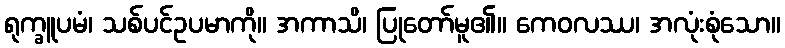
ရုက္ခူပမံ၊ သစ်ပင်ဥပမာကို။ အကာသိ၊ ပြုတော်မူ၏။ ကေဝလဿ၊ အလုံးစုံသော။